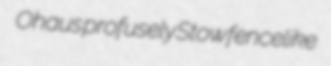
Ohaus profusely Stow fencelike